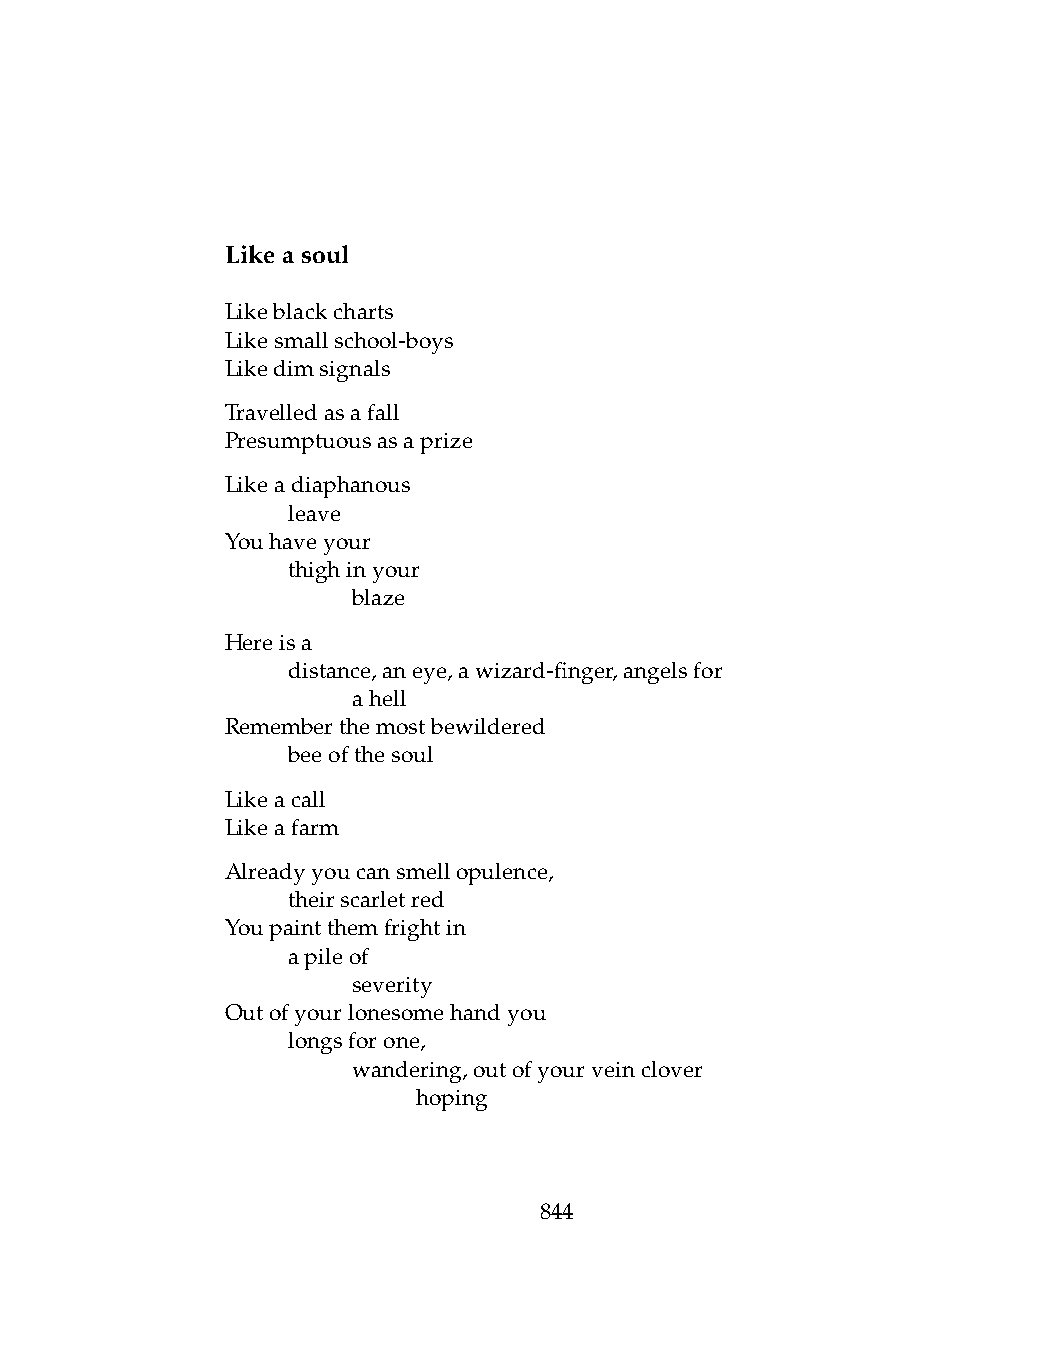
Likeasoul
 Likeblackcharts
 Likesmallschool-boys
 Likedimsignals
 Travelledasafall
 Presumptuousasaprize
 Likeadiaphanous
 .   leave
 Youhaveyour
 .   thighinyour
 .   .   blaze
 Hereisa
 .   distance,aneye,awizard-finger,angelsfor
 .   .   ahell
 Rememberthemostbewildered
 .   beeofthesoul
 Likeacall
 Likeafarm
 Alreadyyoucansmellopulence,
 .   theirscarletred
 Youpaintthemfrightin
 .   apileof
 .   .   severity
 Outofyourlonesomehandyou
 .   longsforone,
 .   .   wandering,outofyourveinclover
 .   .   .    hoping
 844